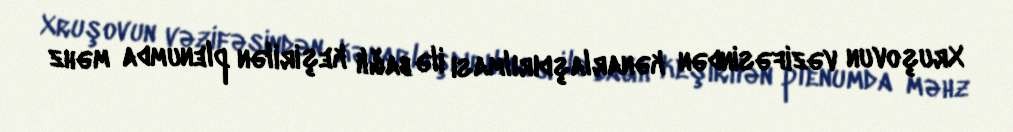
Xruşovun vəzifəsindən kənarlaşdırılması ilə bağlı keşirilən plenumda məhz